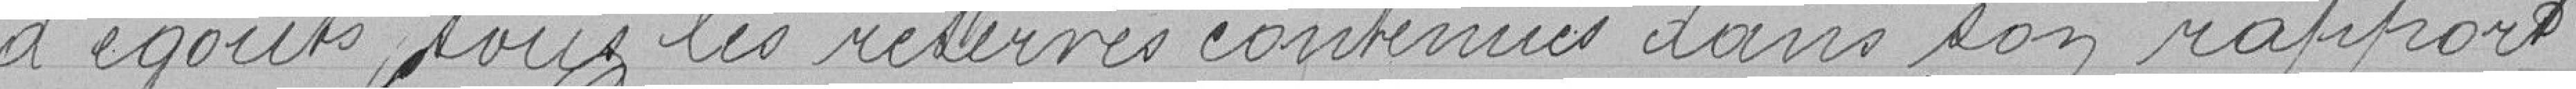
d'égouts sous les réserves contenues dans son rapport.